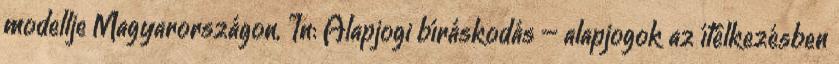
modellje Magyarországon, In: Alapjogi bíráskodás – alapjogok az ítélkezésben